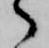
々